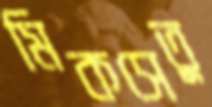
মিকসেতু